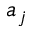
a _ { j }